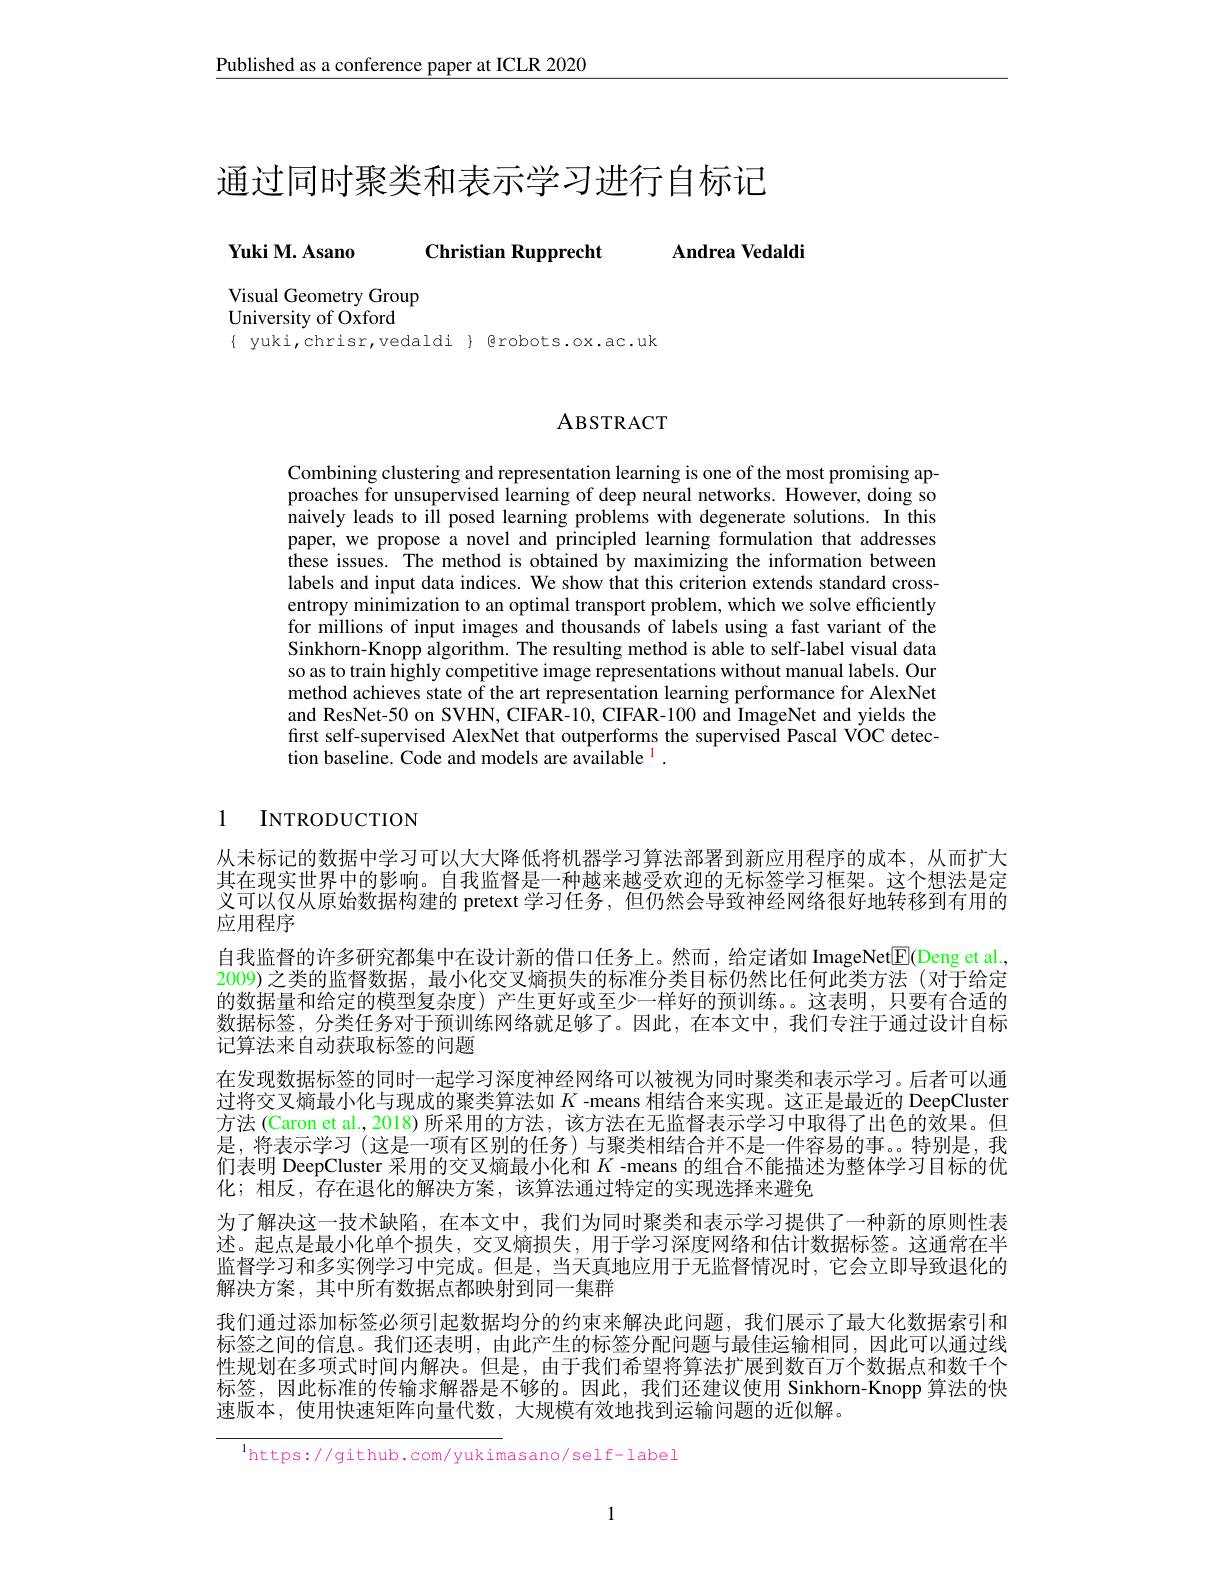
Published as a conference paper at ICLR 2020

# 通过同时聚类和表示学习进行自标记

$\mathbf{YukiM.Asano}$

Andrea Vedaldi

Christian Rupprecht

Visual Geometry Group
University of Oxford

$\{ yuki,chrisr,vedaldi \} @robots.ox.ac.uk$

## ABSTRACT

Combining clustering and representation learning is one of the most promising approaches for unsupervised learning of deep neural networks. However, doing so naively leads to ill posed learning problems with degenerate solutions. In this paper, we propose a novel and principled learning formulation that addresses these issues. The method is obtained by maximizing the information between labels and input data indices. We show that this criterion extends standard crossentropy minimization to an optimal transport problem, which we solve efficiently for millions of input images and thousands of labels using a fast variant of the Sinkhorn-Knopp $\hat{\text{algorithm.Theresulting methodis able to self-label visual data}}$ so as to train highly competitive image representations without manual labels. Our method achieves state of the art representation learning performance for AlexNet and ResNet-50 on SVHN, CIFAR-10, CIFAR-100 and ImageNet and yields the first self-supervised AlexNet that outperforms the supervised Pascal VOC detection baseline. Code and models are available $^1.$

## 1 INTRODUCTION

义可以仅从原始数据构建的 pretext 学习任务，但仍然会导致神经网络很好地转移到有用的
应用程序

从未标记的数据中学习可以大大降低将机器学习算法部署到新应用程序的成本，从而扩大其在现实世界中的影响。自我监督是一种越来越受欢迎的无标签学习框架。这个想法是定自我监督的许多研究都集中在设计新的借口任务上。然而，给定诸如 ImageNet$\underline{\mathrm{E}}($Deng et al, 2009)之类的监督数据，最小化交叉熵损失的标准分类目标仍然比任何此类方法(对于给定的数据量和给定的模型复杂度)产生更好或至少一样好的预训练。这表明，只要有合适的数据标签，分类任务对于预训练网络就足够了。因此，在本文中，我们专注于通过设计自标记算法来自动获取标签的问题
在发现数据标签的同时一起学习深度神经网络可以被视为同时聚类和表示学习。后者可以通过将交叉熵最小化与现成的聚类算法如$K$ -means 相结合来实现。这正是最近的 DeepCluster 方法 (Caron et al., 2018) 所采用的方法，该方法在无监督表示学习中取得了出色的效果。但是，将表示学习 (这是一项有区别的任务)与聚类相结合并不是一件容易的事。特别是，我们表明 DeepCluster 采用的交叉熵最小化和$K$ -means 的组合不能描述为整体学习目标的优化；相反，存在退化的解决方案，该算法通过特定的实现选择来避免
为了解决这一技术缺陷，在本文中，我们为同时聚类和表示学习提供了一种新的原则性表述。起点是最小化单个损失，交叉熵损失，用于学习深度网络和估计数据标签。这通常在半监督学习和多实例学习中完成。但是，当天真地应用于无监督情况时，它会立即导致退化的解决方案，其中所有数据点都映射到同一集群
我们通过添加标签必须引起数据均分的约束来解决此问题，我们展示了最大化数据索引和标签之间的信息。我们还表明，由此产生的标签分配问题与最佳运输相同，因此可以通过线性规划在多项式时间内解决。但是，由于我们希望将算法扩展到数百万个数据点和数千个标签，因此标准的传输求解器是不够的。因此，我们还建议使用 Sinkhorn-Knopp 算法的快速版本，使用快速矩阵向量代数，大规模有效地找到运输问题的近似解。

$^{\mathrm{l}}$https://github.com/yukimasano/self-label

1